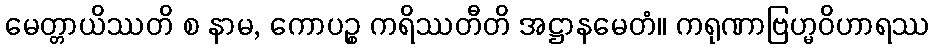
မေတ္တာယိဿတိ စ နာမ, ကောပဉ္စ ကရိဿတီတိ အဋ္ဌာနမေတံ။ ကရုဏာဗြဟ္မဝိဟာရဿ